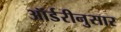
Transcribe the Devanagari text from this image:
ऑर्डरीनुसार